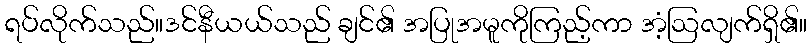
ရပ်လိုက်သည်။ဒင်နီယယ်သည် ချင်၏ အပြုအမူကိုကြည့်ကာ အံ့ဩလျက်ရှိ၏။